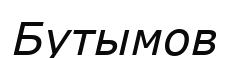
Бутымов